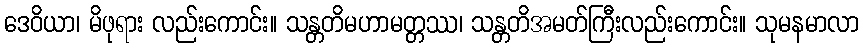
ဒေဝိယာ၊ မိဖုရား လည်းကောင်း။ သန္တတိမဟာမတ္တဿ၊ သန္တတိအမတ်ကြီးလည်းကောင်း။ သုမနမာလာ